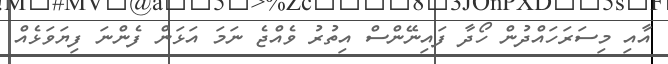
އާއި މިސަރަހައްދުން ހޯދާ ފައިނޭންސް އިތުރު ވެއްޖެ ނަމަ އަޅަން ފެންނަ ފިޔަވަޅެއް